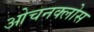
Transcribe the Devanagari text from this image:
ओचनक्लोस